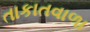
તાકાતવાળા